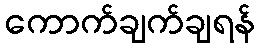
ကောက်ချက်ချရန်